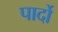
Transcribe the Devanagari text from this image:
पार्दो